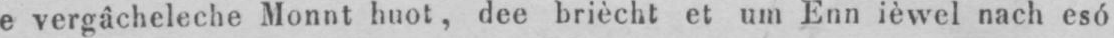
e vergâcheleche Monnt huot, dee briècht et um Ènn ièwel nach esó